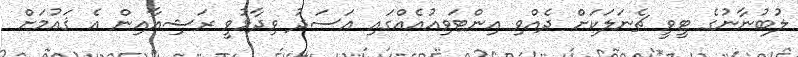
ލުބުނާނުގެ ޓީވީ ޗެނަލަކަށް ދެއްވި އިންޓަވިއުއެއްގައި އަސަދު ވިދާޅުވީ ރަޝިއާއިން އެ ޤައުމަށް